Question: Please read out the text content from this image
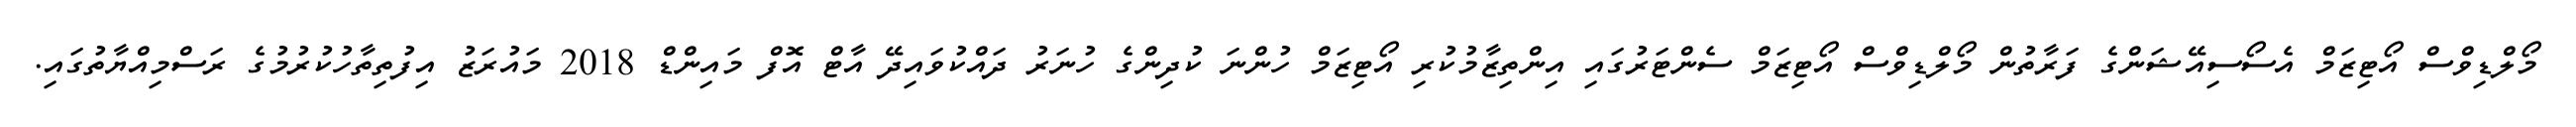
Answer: މޯލްޑިވްސް އޯޓިޒަމް އެސޯސިއޭޝަންގެ ފަރާތުން މޯލްޑިވްސް އޯޓިޒަމް ސެންޓަރުގައި އިންތިޒާމުކުރި އޯޓިޒަމް ހުންނަ ކުދިންގެ ހުނަރު ދައްކުވައިދޭ އާޓް އޮފް މައިންޑް 2018 މައުރަޒު އިފުތިތާހުކުރުމުގެ ރަސްމިއްޔާތުގައި.